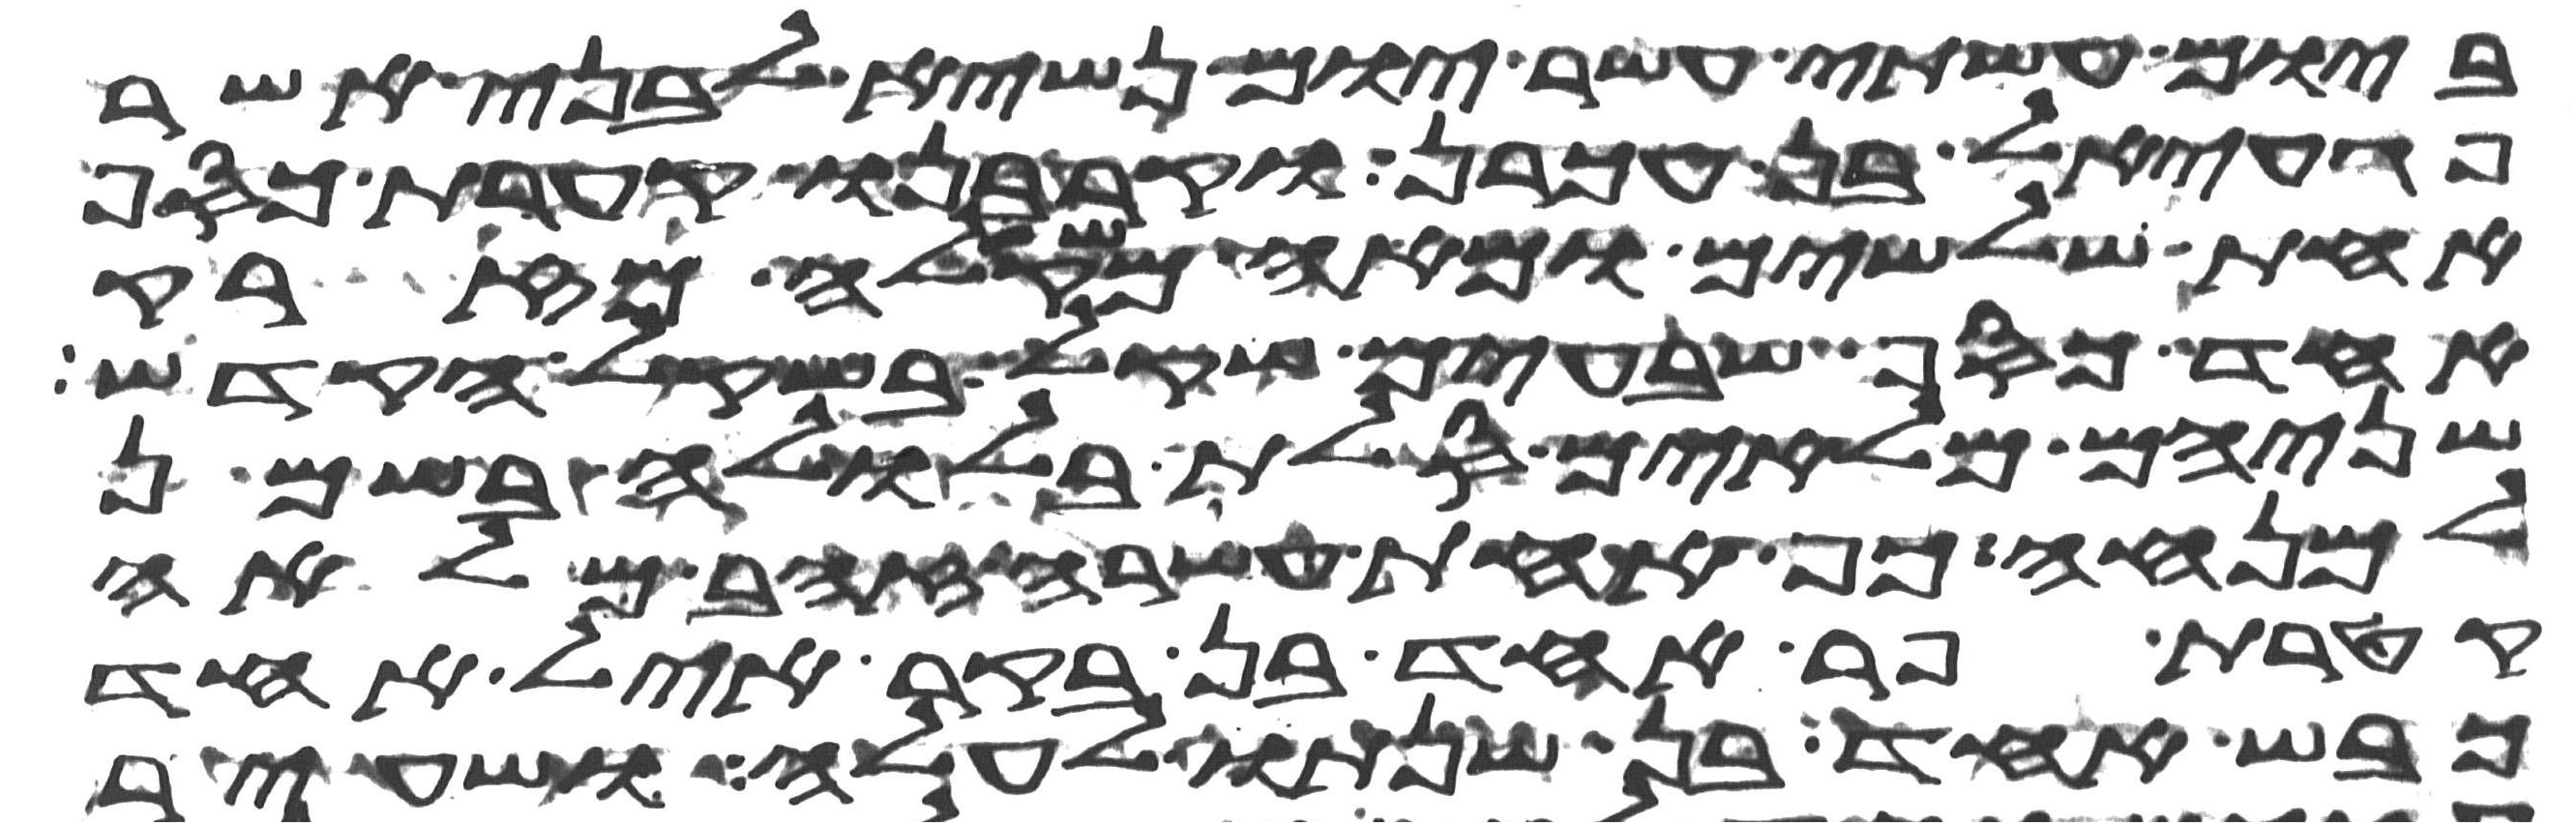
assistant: ביום עשתי עשר יום נשיא לבני אשר
פגעאל בן עכרן וקרבנו קערת כסף
אחת שלשים ומאה משקלה מזרק
אחד כסף שבעים שקל בשקל הקדש
שניהם מלאים סלת בלולה בשמן
למנחה כף אחת עשרה זהב מלאה
קטרת פר אחד בן בקר איל אחד
כבש אחד בן שנתו לעלה ושעיר